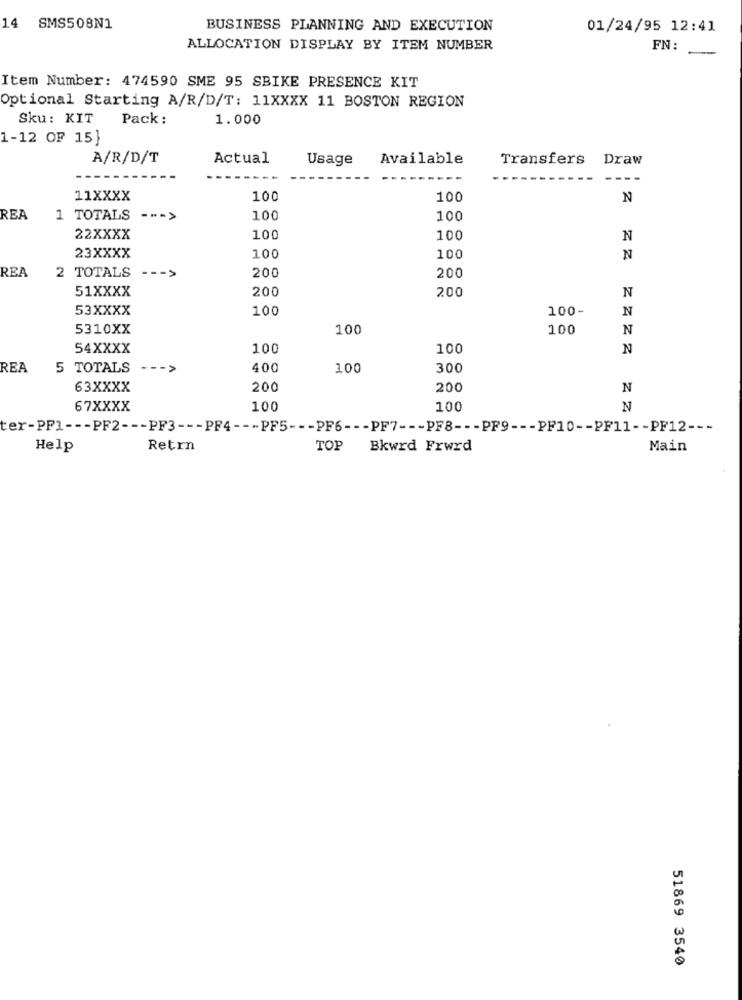
14 SMS508N1
BUSINESS PLANNING AND EXECUTION
01/24/95 12:41
ALLOCATION DISPLAY BY ITEM NUMBER
FN:
Item Number: 474590 SME 95 SBIKE PRESENCE KIT
Optional Starting A/R/D/T: 11XXXX 11 BOSTON REGION
Sku: KIT Pack:
1.000
1-12 OF 15}
A/R/D/T
Actual
Usage
Available
Transfers
Draw
----
11XXXX
100
100
N
REA
1 TOTALS
--- >
100
100
22XXXX
100
100
N
23XXXX
100
100
N
200
200
REA
2 TOTALS --- >
51XXXX
200
200
N
53XXXX
100
100-
N
5310XX
100
100
N
54XXXX
100
100
N
REA
5 TOTALS
-- >
400
100
300
63XXXX
200
200
N
67XXXX
100
100
N
ter-PP1 --- PF2 --- PF3 --- PF4 --- PF5 --- PF6 --- PF7 --- PF8 --- PF9 --- PF10 -- PF11 -- PF12 ---
Help
Retrn
TOP
Bkwrd Frwrd
Main
51869 3540